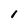
Character: 1